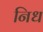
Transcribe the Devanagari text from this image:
निध